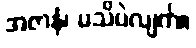
အဇာနံ၊ မသိပဲလျက်။